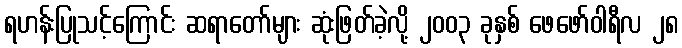
ရဟန်းပြုသင့်ကြောင်း ဆရာတော်များ ဆုံးဖြတ်ခဲ့လို့ ၂၀၀၃ ခုနှစ် ဖေဖော်ဝါရီလ ၂၈